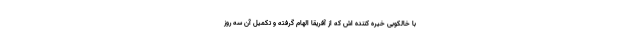
با خالکوبی خیره کننده اش که از آفریقا الهام گرفته و تکمیل آن سه روز